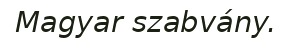
Magyar szabvány.